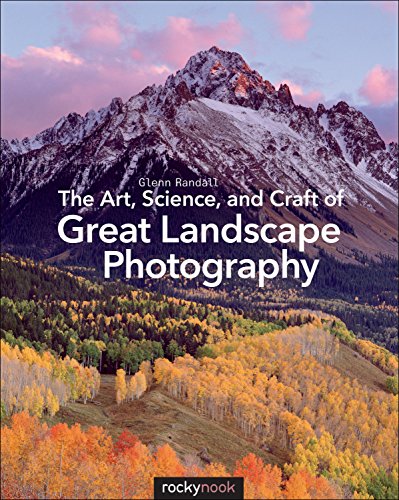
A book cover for The Art, Science, and Craft of Great Landscape Photography; Glenn Randall; Arts & Photography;